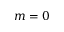
m = 0